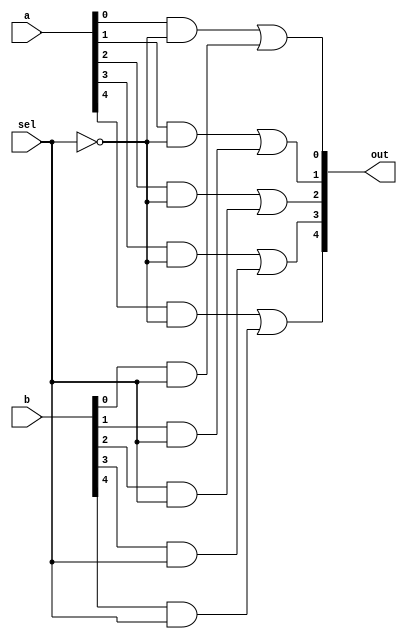
module mux2w5(
out,
a,
b,
sel);

//input
input wire [4:0] a;
input wire [4:0] b;
input wire sel;
//output
output wire [4:0] out;
//intermediate
wire notsel;
wire [4:0] asel;
wire [4:0] bsel;
not(notsel,sel);
and(asel[0],a[0],notsel);
and(asel[1],a[1],notsel);
and(asel[2],a[2],notsel);
and(asel[3],a[3],notsel);
and(asel[4],a[4],notsel);

and(bsel[0],b[0],sel);
and(bsel[1],b[1],sel);
and(bsel[2],b[2],sel);
and(bsel[3],b[3],sel);
and(bsel[4],b[4],sel);

or(out[0],asel[0],bsel[0]);
or(out[1],asel[1],bsel[1]);
or(out[2],asel[2],bsel[2]);
or(out[3],asel[3],bsel[3]);
or(out[4],asel[4],bsel[4]);

endmodule